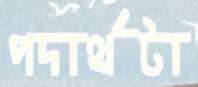
পদার্থটা